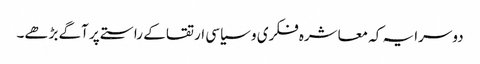
دوسرا یہ کہ معاشرہ فکری و سیاسی ارتقا کے راستے پر آگے بڑھے۔